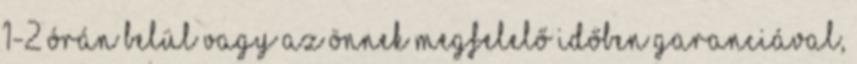
1-2 órán belül vagy az Önnek megfelelő időben garanciával,